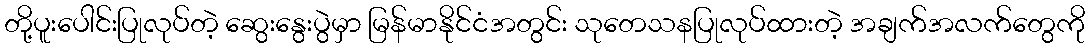
တို့ပူးပေါင်းပြုလုပ်တဲ့ ဆွေးနွေးပွဲမှာ မြန်မာနိုင်ငံအတွင်း သုတေသနပြုလုပ်ထားတဲ့ အချက်အလက်တွေကို